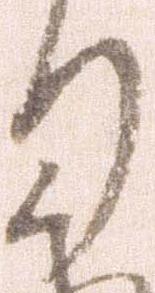
り